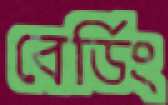
বের্ডিং